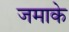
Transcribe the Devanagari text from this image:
जमाके